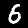
Label: 6